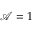
\mathcal { A } = 1